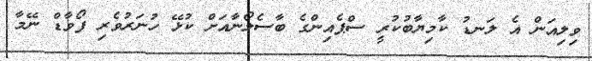
ވިލިއަން އެ ލަނޑު ކާމިޔާބުކުރީ ސްޕެއިންގެ ބާސެލޯނާއަށް ކުޅޭ ހުނަރުވެރި ފޯވާޑް ނޭމާ